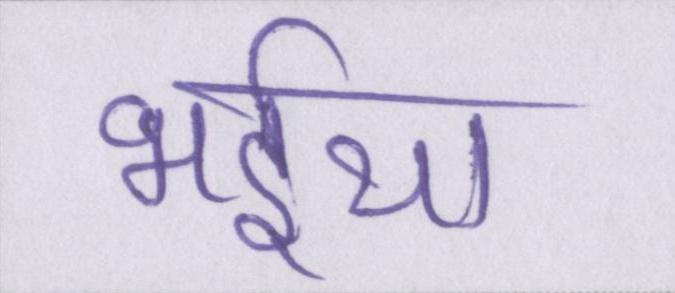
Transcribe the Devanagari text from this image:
भईया